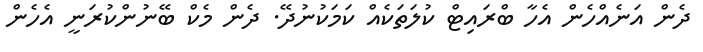
ދެން އަނެއްހެން އެހާ ބްރައިޓް ކުލަތަކެއް ކަމަކުނުދޭ. ދެން މެކް ބޭނުންކުރަނީ އެހެން